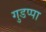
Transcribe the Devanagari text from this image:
गुडप्पा